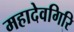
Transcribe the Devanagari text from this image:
महादेवगिरि